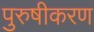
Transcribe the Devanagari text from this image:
पुरुषीकरण